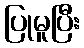
ပြုမူပြီး